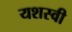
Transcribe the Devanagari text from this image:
यशस्‍वी